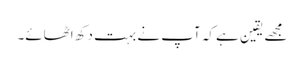
مجھے یقین ہے کہ آپ نے بہت دکھ اٹھائے۔